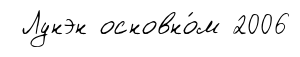
Лунэн основно́м 2006